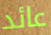
عائد